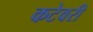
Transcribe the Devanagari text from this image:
कटेवरी